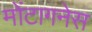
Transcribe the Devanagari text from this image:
मोंटागनेस